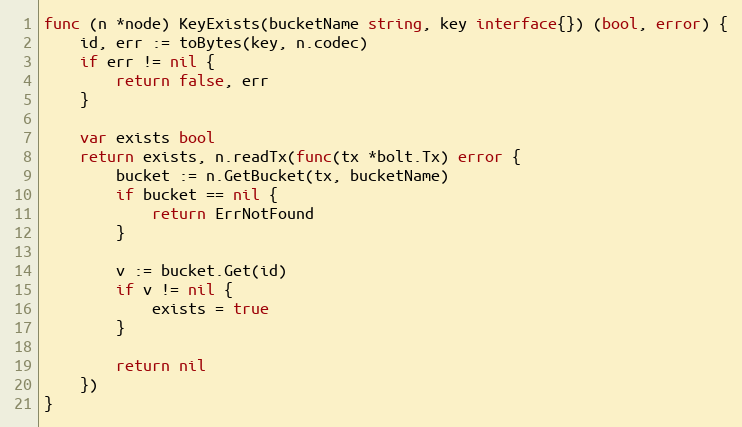
Language: Go
func (n *node) KeyExists(bucketName string, key interface{}) (bool, error) {
	id, err := toBytes(key, n.codec)
	if err != nil {
		return false, err
	}

	var exists bool
	return exists, n.readTx(func(tx *bolt.Tx) error {
		bucket := n.GetBucket(tx, bucketName)
		if bucket == nil {
			return ErrNotFound
		}

		v := bucket.Get(id)
		if v != nil {
			exists = true
		}

		return nil
	})
}